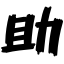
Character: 助